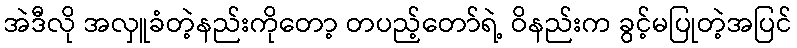
အဲဒီလို အလှူခံတဲ့နည်းကိုတော့ တပည့်တော်ရဲ့ ဝိနည်းက ခွင့်မပြုတဲ့အပြင်